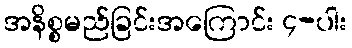
အနိစ္စမည်ခြင်းအကြောင်း ၄-ပါး